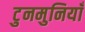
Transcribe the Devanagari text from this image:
टुनमुनियाँ